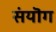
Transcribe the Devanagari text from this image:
संयॊग